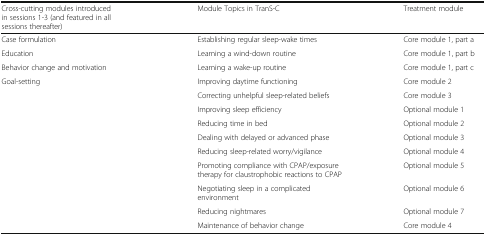
| Cross-cutting modules introduced in sessions 1-3 (and featured in all sessions thereafter) | Module Topics in TranS-C | Treatment module |
 | --- | --- | --- |
 | Case formulation | Establishing regular sleep-wake times | Core module 1, part a |
 | Education | Learning a wind-down routine | Core module 1, part b |
 | Behavior change and motivation | Learning a wake-up routine | Core module 1, part c |
 | Goal-setting | Improving daytime functioning | Core module 2 |
 |  | Correcting unhelpful sleep-related beliefs | Core module 3 |
 |  | Improving sleep efficiency | Optional module 1 |
 |  | Reducing time in bed | Optional module 2 |
 |  | Dealing with delayed or advanced phase | Optional module 3 |
 |  | Reducing sleep-related worry/vigilance | Optional module 4 |
 |  | Promoting compliance with CPAP/exposure therapy for claustrophobic reactions to CPAP | Optional module 5 |
 |  | Negotiating sleep in a complicated environment | Optional module 6 |
 |  | Reducing nightmares | Optional module 7 |
 |  | Maintenance of behavior change | Core module 4 |